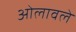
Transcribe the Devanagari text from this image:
ओलावले